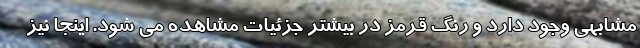
مشابهی وجود دارد و رنگ قرمز در بیشتر جزئیات مشاهده می شود. اینجا نیز